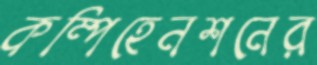
কম্পিহেনশনের